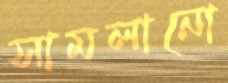
সামলানো